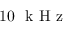
1 0 ~ \mathrm { ~ k ~ H ~ z ~ }